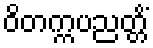
ဝိတက္ကပညတ္တိံ